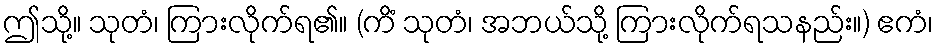
ဤသို့။ သုတံ၊ ကြားလိုက်ရ၏။ (ကိံ သုတံ၊ အဘယ်သို့ ကြားလိုက်ရသနည်း။) ဧကံ၊